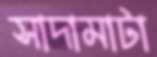
সাদামাটা